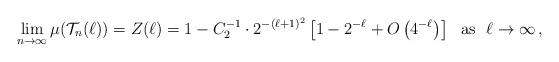
LaTeX: \begin{align*}\lim_{n\to \infty} \mu (\mathcal{T}_n(\ell)) = Z(\ell)=1-C_2^{-1}\cdot 2^{-(\ell+1)^2}\left[ 1- 2^{-\ell}+O\left( 4^{-\ell}\right) \right]\ \ {\mathrm{as}}\ \ \ell\to \infty\,,\end{align*}